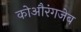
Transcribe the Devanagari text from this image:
कोऔरंगजेब